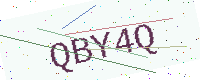
Text: QBY4Q